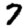
Digit: 7